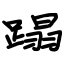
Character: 蹋